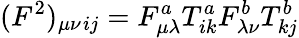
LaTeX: (F^{2})_{\mu\nu}{}_{ij}=F_{\mu\lambda}^{a}T_{ik}^{a}F_{\lambda\nu}^{b}T_{kj}^{b}